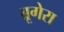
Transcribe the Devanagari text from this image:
ब्रूगेरा